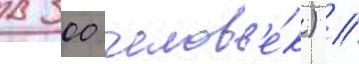
в 300 челов'е́к) //